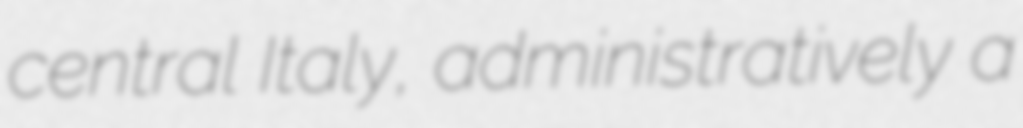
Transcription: central Italy, administratively a